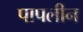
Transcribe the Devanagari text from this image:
पापलीन